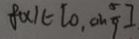
f ( x ) \in [ 0 , \sin \frac { 5 } { 9 } ]